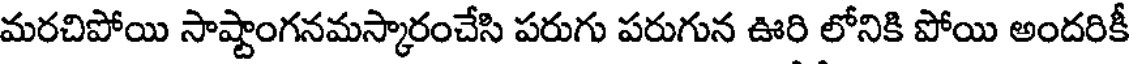
మరచిపోయి సాష్టాంగనమస్కారంచేసి పరుగు పరుగున ఊరి లోనికి పోయి అందరికీ